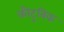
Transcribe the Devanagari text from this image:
कौटुबिक